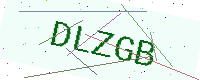
Text: DLZGB